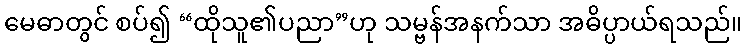
မေဓာတွင် စပ်၍ “ထိုသူ၏ပညာ”ဟု သမ္ဗန်အနက်သာ အဓိပ္ပာယ်ရသည်။